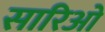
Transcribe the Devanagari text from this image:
सारिओ